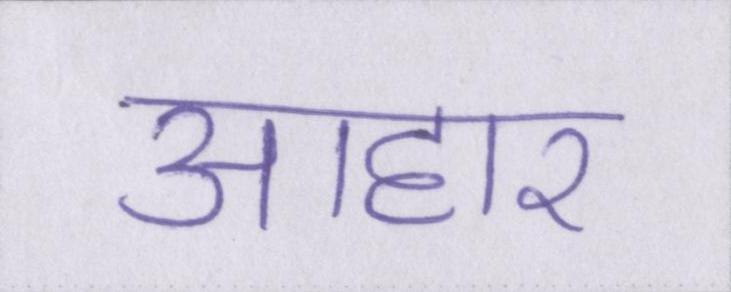
आहार